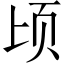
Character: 顷